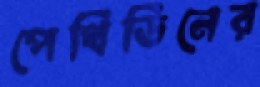
পেথিডিনের